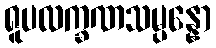
ရူပလက္ခဏသမ္ပန္နော